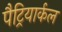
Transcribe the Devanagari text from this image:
पैट्रियार्कल